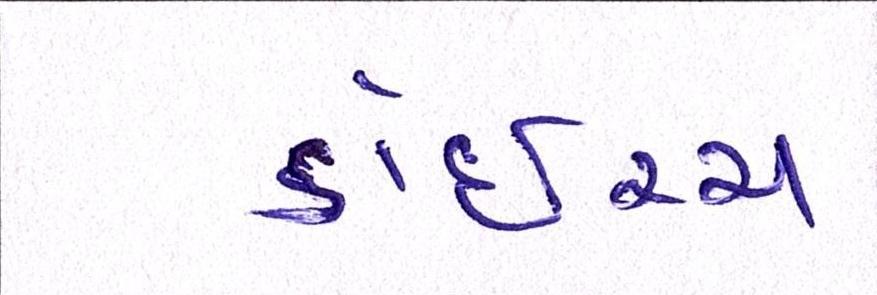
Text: ડોઇચ્ચ